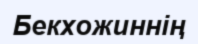
Бекхожиннің